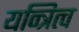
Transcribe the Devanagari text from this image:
यन्त्रित्व